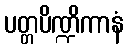
ပတ္တပိဏ္ဍိကာနံ